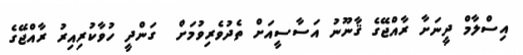
އިސްލާމް ދީނަށާ ރާއްޖޭގެ ޤާނޫނު އަސާސީއަށް ތެދުވެރިވުމަށް  ގަންދީ ހުވާކުރިއިރު ރާއްޖޭގެ